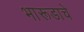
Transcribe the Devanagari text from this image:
भारूडाचे